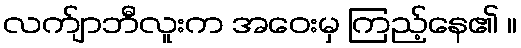
လက်ျာဘီလူးက အဝေးမှ ကြည့်နေ၏ ။